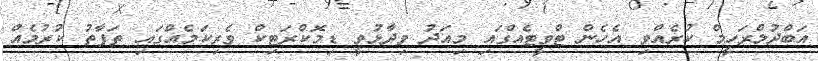
އަބްދުލްރަހީމް ކުރެއްވި އެހެން ޓްވީޓެއްގައި މިއަދު ވިދާޅުވީ ޑިމޮކްރަޓިކް ވެރިކަމެއްގައި ތަފާތު ކުރުމެއް